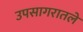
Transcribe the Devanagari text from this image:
उपसागरातले